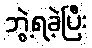
ဘွဲ့ရခဲ့ပြီး